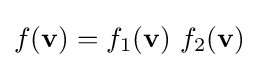
f(\mathbf {v} )=f_{1}(\mathbf {v} )~f_{2}(\mathbf {v} )